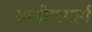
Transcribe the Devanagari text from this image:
ग्रामीणमार्ग